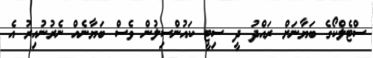
ސްޓެލްކޯގެ ބަޔާނަށް ރައްދު ދީ ސިޓީ ކައުންސިލުން ވެސް ބަޔާނެއް ނެރުނުއިރު އެ